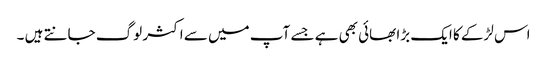
اس لڑکے کا ایک بڑا بھائی بھی ہے جسے آپ میں سے اکثر لوگ جانتے ہیں ۔